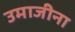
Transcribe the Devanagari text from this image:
उमाजीना